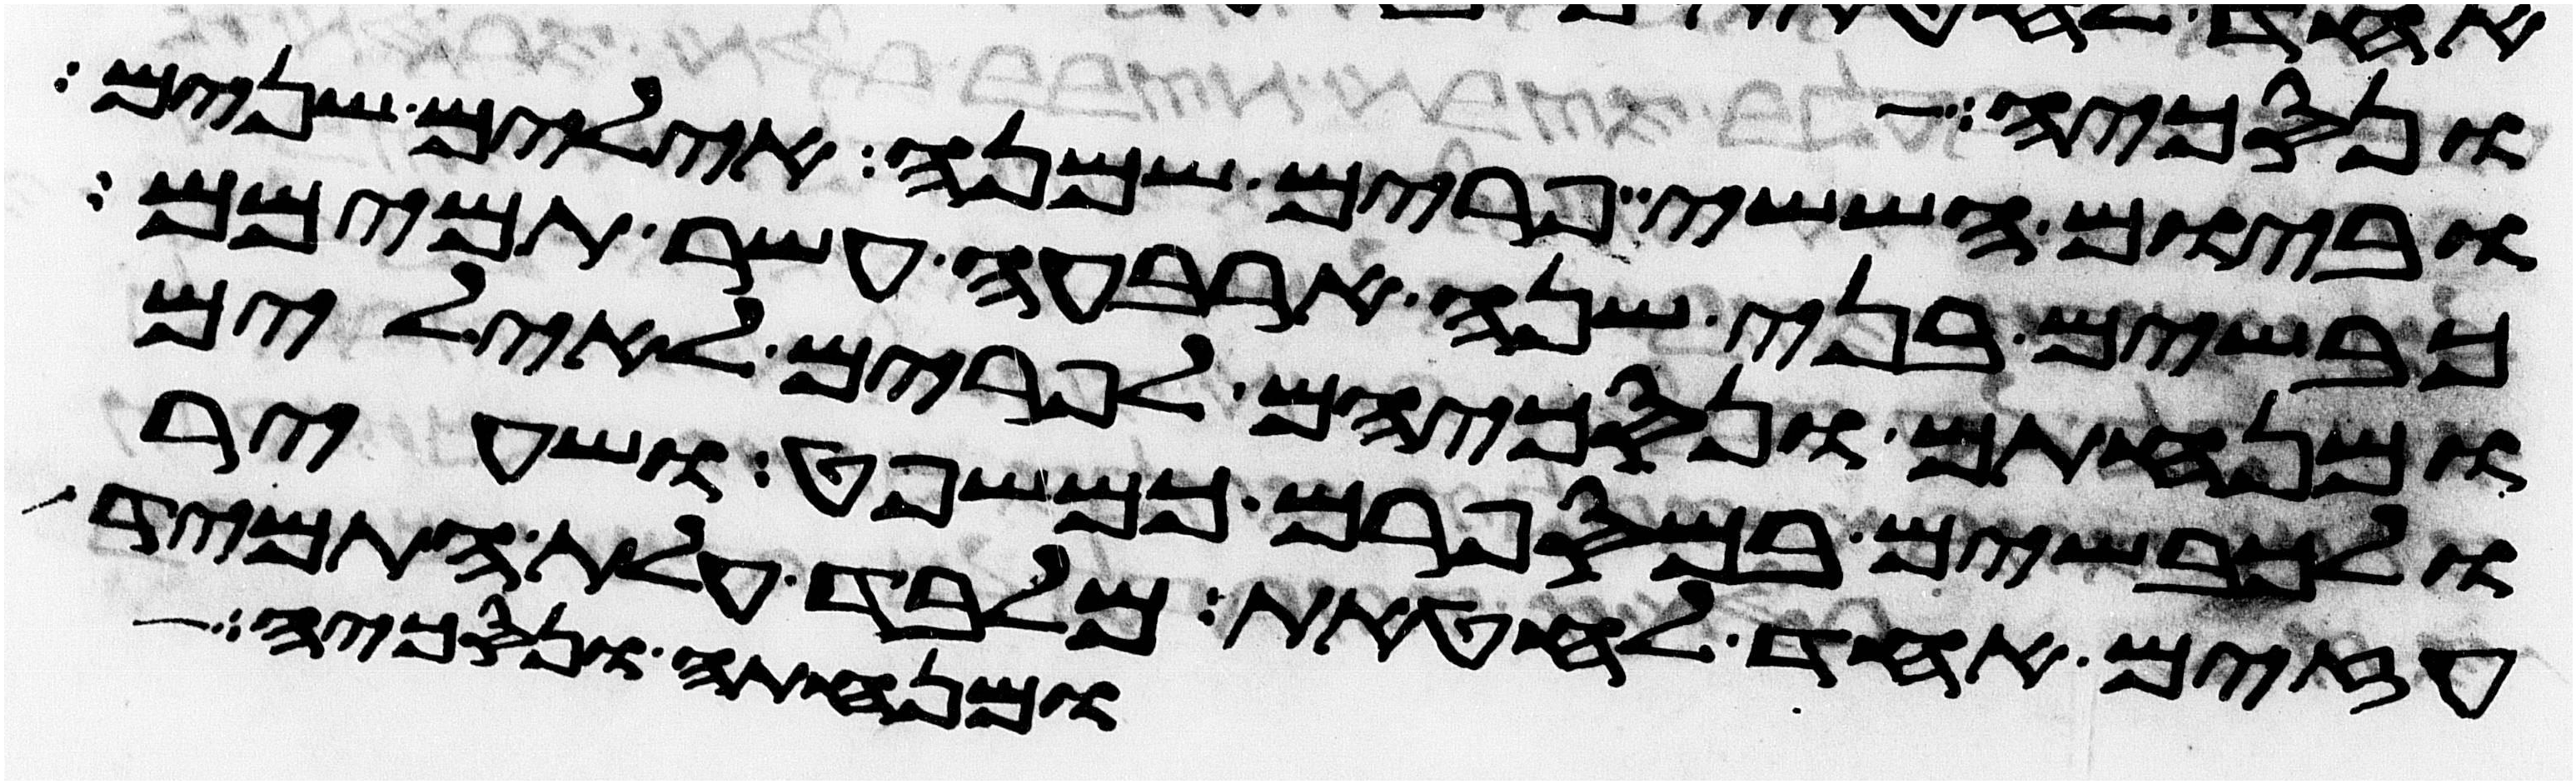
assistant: ונסכיה
וביום הששי פרים שמנה אילים שנים
כבשים בני שנה ארבעה עשר תמימם
ומנחתם ונסכיהם לפרים לאילים
ולכבשים במספרם כמשפט ושעיר
עזים אחד לחטאת מלבד עלת התמיד
ומנחתה ונסכיה